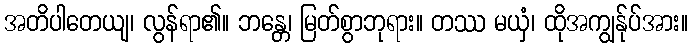
အတိပါတေယျ၊ လွန်ရာ၏။ ဘန္တေ၊ မြတ်စွာဘုရား။ တဿ မယှံ၊ ထိုအကျွန်ုပ်အား။